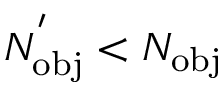
N _ { \mathrm { { o b j } } } ^ { ' } < N _ { \mathrm { { o b j } } }